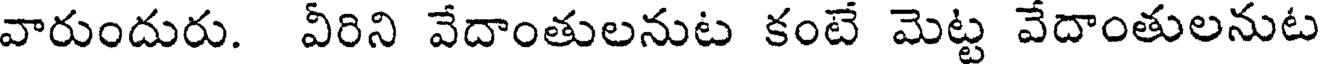
వారుందురు. వీరిని వేదాంతులనుట కంటే మెట్ట వేదాంతులనుట